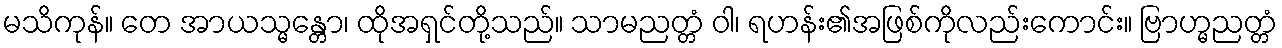
မသိကုန်။ တေ အာယသ္မန္တော၊ ထိုအရှင်တို့သည်။ သာမညတ္တံ ဝါ၊ ရဟန်း၏အဖြစ်ကိုလည်းကောင်း။ ဗြာဟ္မညတ္တံ